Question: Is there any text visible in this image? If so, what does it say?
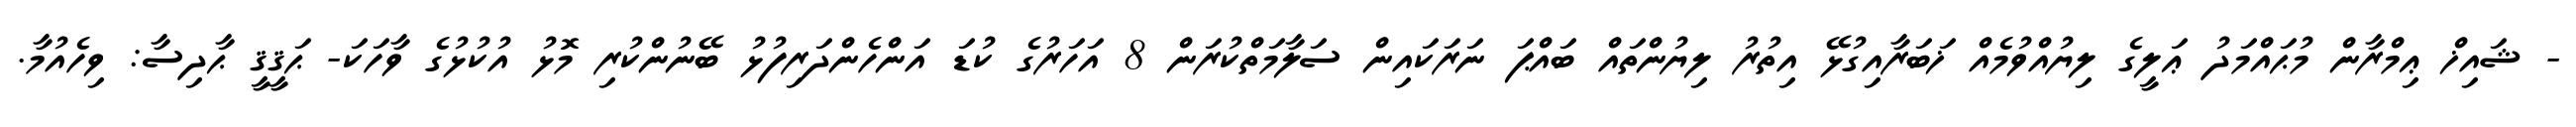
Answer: - ޝައިޚް ޢިމްރާން މުޙައްމަދު ޢަލީގެ ލިޔުއްވުމެއް ޚަބަރާއިގުޅޭ އިތުރު ލިޔުންތައް ބައްޕަ ނަރަކައިން ސަލާމަތްކުރަން 8 އަހަރުގެ ކުޑަ އަންހެންދަރިފުޅު ބޭނުންކުރި މޮޅު އުކުޅުގެ ވާހަކަ- ޙަޤީޤީ ޙާދިސާ: ވިހެއުމާ.